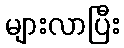
များလာပြီး